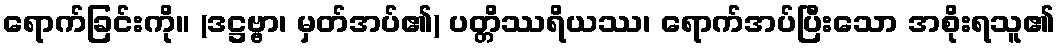
ရောက်ခြင်းကို။ (ဒဋ္ဌဗ္ဗာ၊ မှတ်အပ်၏) ပတ္တိဿရိယဿ၊ ရောက်အပ်ပြီးသော အစိုးရသူ၏